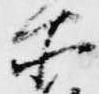
所